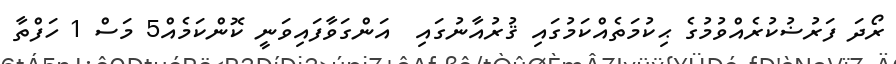
ރޯދަ ފަރުޟުކުރެއްވުމުގެ ޙިކުމަތެއްކަމުގައި ޤުރުއާނުގައި  އަންގަވާފައިވަނީ ކޮންކަމެއް5 މަސް 1 ހަފްތާ